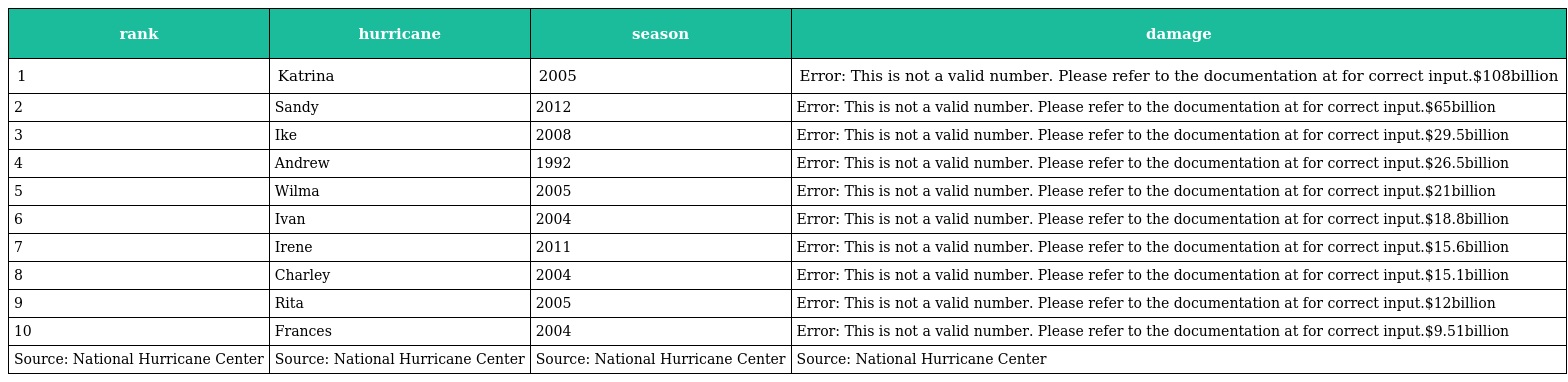
| rank | hurricane | season | damage |
 | --- | --- | --- | --- |
 | 1 | Katrina | 2005 | Error: This is not a valid number. Please refer to the documentation at for correct input.$108billion |
 | 2 | Sandy | 2012 | Error: This is not a valid number. Please refer to the documentation at for correct input.$65billion |
 | 3 | Ike | 2008 | Error: This is not a valid number. Please refer to the documentation at for correct input.$29.5billion |
 | 4 | Andrew | 1992 | Error: This is not a valid number. Please refer to the documentation at for correct input.$26.5billion |
 | 5 | Wilma | 2005 | Error: This is not a valid number. Please refer to the documentation at for correct input.$21billion |
 | 6 | Ivan | 2004 | Error: This is not a valid number. Please refer to the documentation at for correct input.$18.8billion |
 | 7 | Irene | 2011 | Error: This is not a valid number. Please refer to the documentation at for correct input.$15.6billion |
 | 8 | Charley | 2004 | Error: This is not a valid number. Please refer to the documentation at for correct input.$15.1billion |
 | 9 | Rita | 2005 | Error: This is not a valid number. Please refer to the documentation at for correct input.$12billion |
 | 10 | Frances | 2004 | Error: This is not a valid number. Please refer to the documentation at for correct input.$9.51billion |
 | Source: National Hurricane Center | Source: National Hurricane Center | Source: National Hurricane Center | Source: National Hurricane Center |